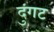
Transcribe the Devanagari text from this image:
दुंगट